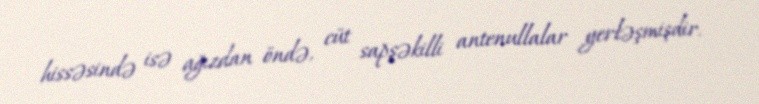
hissəsində isə ağızdan öndə, cüt sapşəkilli antenullalar yerləşmişdir.